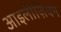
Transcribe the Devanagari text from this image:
आइलीज़ियम